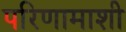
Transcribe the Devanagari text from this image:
परिणामाशी